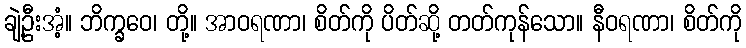
ချဲ့ဦးအံ့။ ဘိက္ခဝေ၊ တို့။ အာဝရဏာ၊ စိတ်ကို ပိတ်ဆို့ တတ်ကုန်သော။ နီဝရဏာ၊ စိတ်ကို